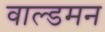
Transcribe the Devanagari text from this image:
वाल्डमन